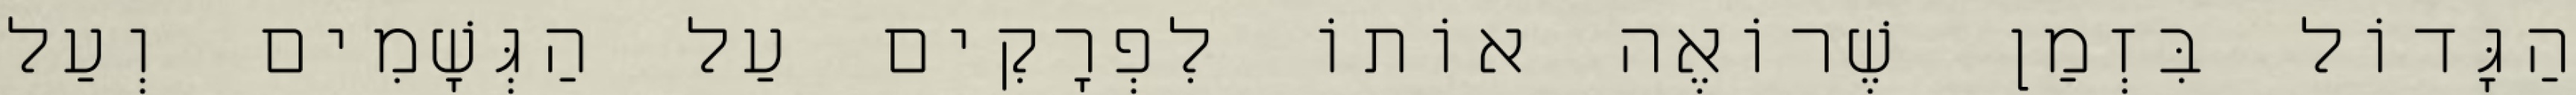
הַגָּדוֹל בִּזְמַן שֶׁרוֹאֶה אוֹתוֹ לִפְרָקִים עַל הַגְּשָׁמִים וְעַל